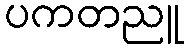
ပကတညူ